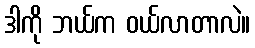
ဒါကို ဘယ်က ဝယ်လာတာလဲ။